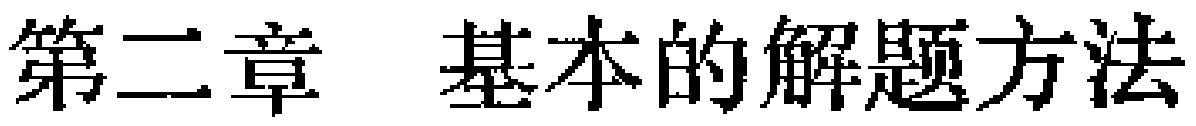
第二章 基本的解题方法